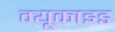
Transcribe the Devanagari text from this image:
म्यूकाइड